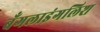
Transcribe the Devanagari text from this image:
बँगलाइंगलिश